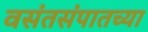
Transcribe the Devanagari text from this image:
वसंतसंपातच्या